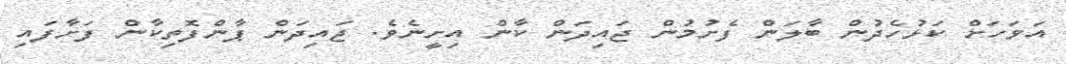
އަވަހަށް ކަޅުހެދުން ބާލަން ފެށުމުން ޖައިދަން ކާން އިށީނެވެ. ޖައިދަން ޕާންފޮތިކާން ފަށާފައި